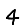
Digit: 4